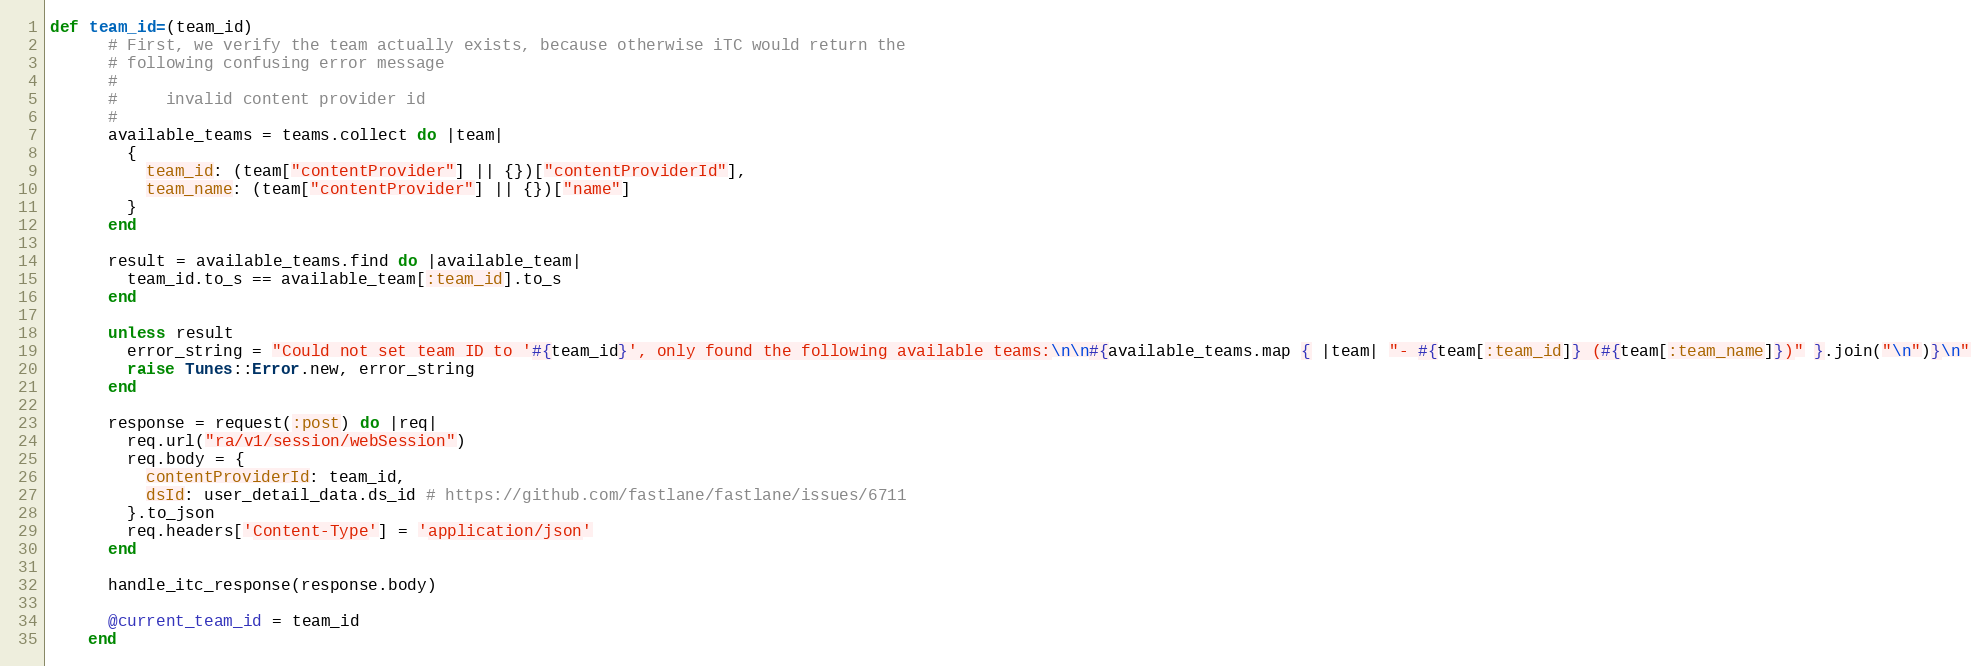
Language: Ruby
def team_id=(team_id)
      # First, we verify the team actually exists, because otherwise iTC would return the
      # following confusing error message
      #
      #     invalid content provider id
      #
      available_teams = teams.collect do |team|
        {
          team_id: (team["contentProvider"] || {})["contentProviderId"],
          team_name: (team["contentProvider"] || {})["name"]
        }
      end

      result = available_teams.find do |available_team|
        team_id.to_s == available_team[:team_id].to_s
      end

      unless result
        error_string = "Could not set team ID to '#{team_id}', only found the following available teams:\n\n#{available_teams.map { |team| "- #{team[:team_id]} (#{team[:team_name]})" }.join("\n")}\n"
        raise Tunes::Error.new, error_string
      end

      response = request(:post) do |req|
        req.url("ra/v1/session/webSession")
        req.body = {
          contentProviderId: team_id,
          dsId: user_detail_data.ds_id # https://github.com/fastlane/fastlane/issues/6711
        }.to_json
        req.headers['Content-Type'] = 'application/json'
      end

      handle_itc_response(response.body)

      @current_team_id = team_id
    end